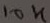
Text: 10K